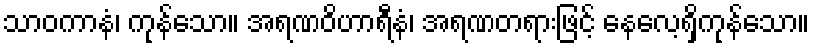
သာဝကာနံ၊ ကုန်သော။ အရဏဝိဟာရီနံ၊ အရဏတရားဖြင့် နေလေ့ရှိကုန်သော။